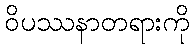
ဝိပဿနာတရားကို